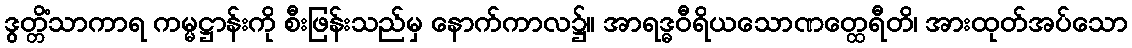
ဒွတ္တိံသာကာရ ကမ္မဋ္ဌာန်းကို စီးဖြန်းသည်မှ နောက်ကာလ၌။ အာရဒ္ဓဝီရိယသောဏတ္ထေရီတိ၊ အားထုတ်အပ်သော